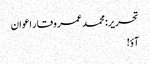
تحریر: محمد عمر وقار اعوان
آؤ!